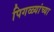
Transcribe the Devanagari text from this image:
पिगळ्यांच्या